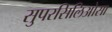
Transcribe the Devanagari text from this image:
सुपरसिलिओसा